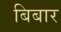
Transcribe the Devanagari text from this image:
बिबार